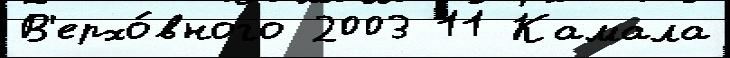
В'ерхо́вного 2003 11 Камала